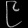
Digit: ၉